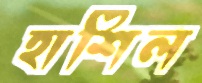
হাশিল